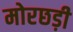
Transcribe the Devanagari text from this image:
मोरछड़ी